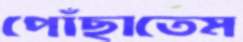
পোঁছাতেম